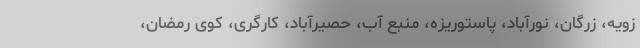
زویه، زرگان، نورآباد، پاستوریزه، منبع آب، حصیرآباد، کارگری، کوی رمضان،